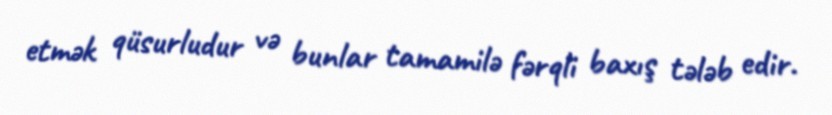
etmək qüsurludur və bunlar tamamilə fərqli baxış tələb edir.